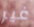
غير